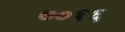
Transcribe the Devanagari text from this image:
७०१६